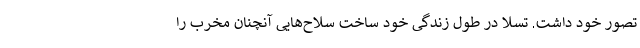
تصور خود داشت. تسلا در طول زندگی خود ساخت سلاح‌هایی آنچنان مخرب را